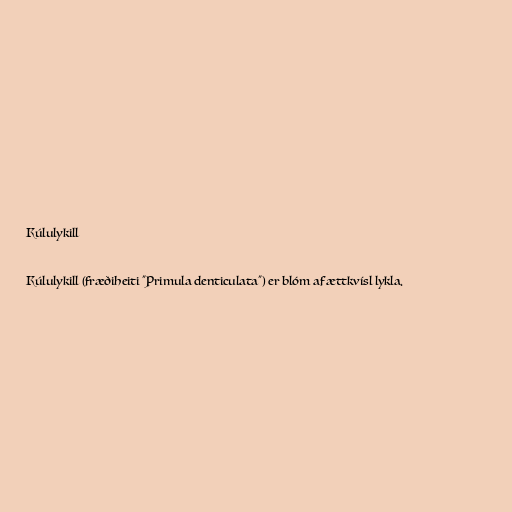
Kúlulykill

Kúlulykill (fræðiheiti "Primula denticulata") er blóm af ættkvísl lykla.